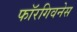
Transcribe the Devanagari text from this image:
फॉरगिवनेस